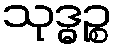
သုဒ္ဓဉ္စ